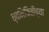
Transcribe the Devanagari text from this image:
ध्वनिफितीच्या